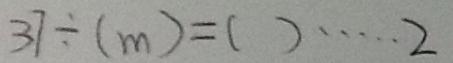
3 7 \div ( m ) = ( ) \cdots 2